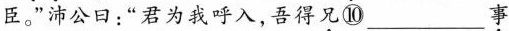
臣。”沛公日：”君为我呼入，吾得\underset{·}{兄}⑩___\underset{·}{事}